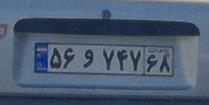
۵۶و۷۴۷۶۸